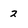
Character: 2